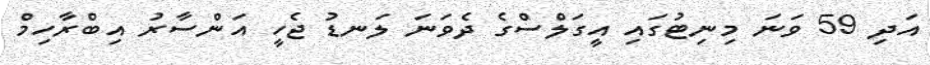
އަދި 59 ވަނަ މިނިޓުގައި އީގަލްސްގެ ދެވަނަ ލަނޑު ޖެހީ އަންސާރު އިބްރާހިމް